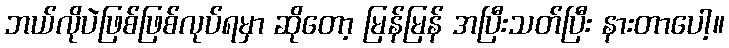
ဘယ်လိုပဲဖြစ်ဖြစ်လုပ်ရမှာ ဆိုတော့ မြန်မြန် အပြီးသတ်ပြီး နားတာပေါ့။